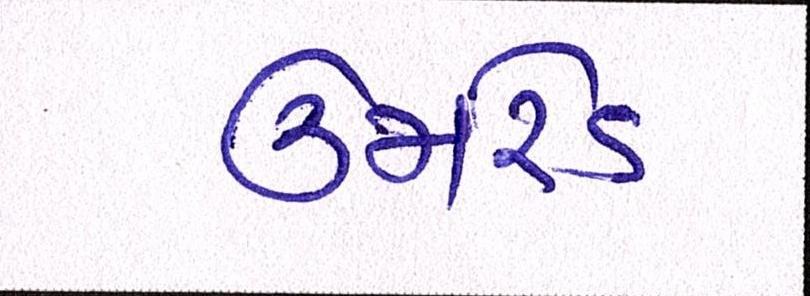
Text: ઉમરેડ